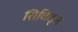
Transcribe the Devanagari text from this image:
सिकिड्स